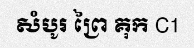
សំបូរ ព្រៃ គុក C1